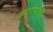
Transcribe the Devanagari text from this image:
जातीपाती